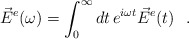
\begin{align*}\vec{E}^e(\omega) = \int_0^\infty dt \, e^{i\omega t} \vec{E}^e(t)~~.\end{align*}